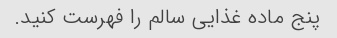
پنج ماده غذایی سالم را فهرست کنید.